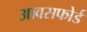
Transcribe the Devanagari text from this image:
आवसफोर्ड